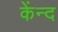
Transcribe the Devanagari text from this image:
केंन्द